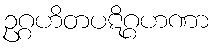
ဥဂ္ဂဟိတပဋိဂ္ဂဟဏာ